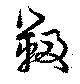
靸